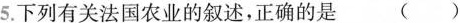
5. 下列有关法国农业的叙述，正确的是 ( )